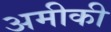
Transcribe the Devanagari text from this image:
अमीकी